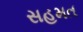
સહમત